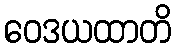
ဝေဒယထာတိ